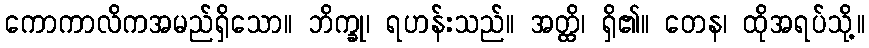
ကောကာလိကအမည်ရှိသော။ ဘိက္ခု၊ ရဟန်းသည်။ အတ္ထိ၊ ရှိ၏။ တေန၊ ထိုအရပ်သို့။